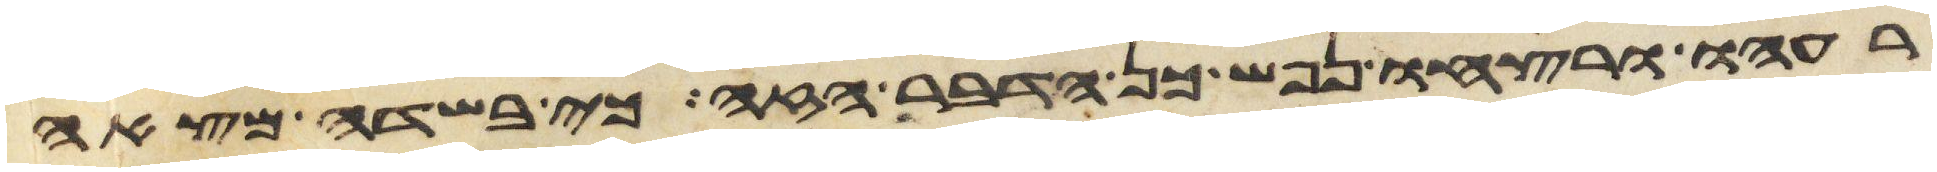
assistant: רעהו ורצחו נפש כן הדבר הזה כי בשדה מצאה